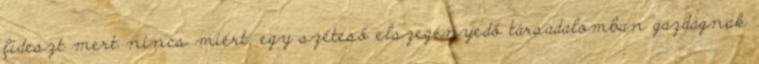
fideszt mert nincs miért, egy széteső elszegényedő társadalomban gazdagnak